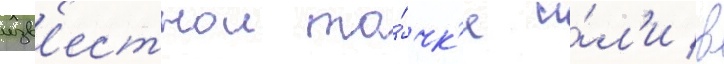
изв'естнои то́чк'е и́л'и в